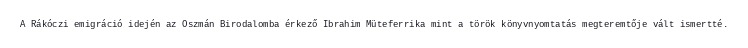
A Rákóczi emigráció idején az Oszmán Birodalomba érkező Ibrahim Müteferrika mint a török könyvnyomtatás megteremtője vált ismertté.